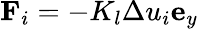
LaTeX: \mathbf{F}_{i}=-K_{l}\Delta u_{i}\mathbf{e}_{y}